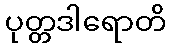
ပုတ္တဒါရောတိ